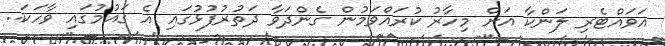
އަވައްޓެރި ލަންކާ އަށް މިހާރު ކުރައްވަމުން ގެންދަވާ ދަތުރުފުޅުގައި އެ ގައުމުގައި ވާހަކަ..